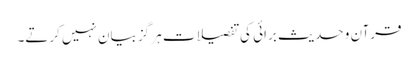
قرآن و حدیث برائی کی تفصیلات ہر گز بیان نہیں کرتے۔